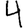
Digit: 4